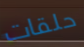
حلقات